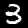
Digit: 3